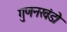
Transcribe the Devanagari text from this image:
गुणनखंडो